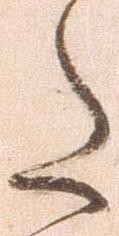
た